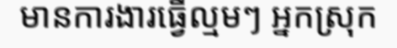
មានការងារធ្វើល្មមៗ អ្នកស្រុក